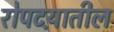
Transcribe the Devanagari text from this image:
रोपटय़ातील